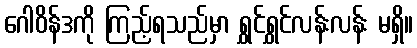
ဂေါဝိန်ဒကို ကြည့်ရသည်မှာ ရွှင်ရွှင်လန်းလန်း မရှိ။